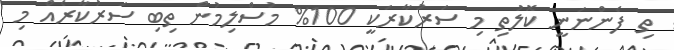
ތި ފެންނަނީ ކޮލުތި މި ސަރުކާރަކީ 100% މުސްލިމުން ތިބި ސަރުކާރެއް މި